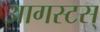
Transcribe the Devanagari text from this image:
आगस्टस्